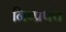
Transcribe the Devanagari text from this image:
निष्प्रपंच